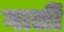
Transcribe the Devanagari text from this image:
गालीं